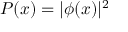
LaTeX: P ( x ) = | \phi ( x ) | ^ { 2 }